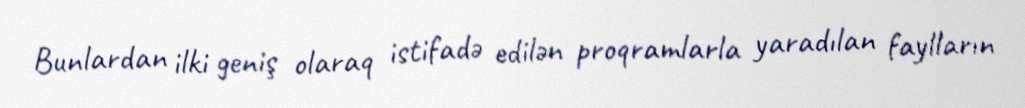
Bunlardan ilki geniş olaraq istifadə edilən proqramlarla yaradılan faylların